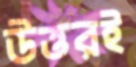
উত্তরই